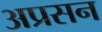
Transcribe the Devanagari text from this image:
अप्रसन